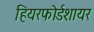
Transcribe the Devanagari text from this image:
हियरफोर्डशायर